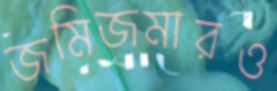
জমিজমারও